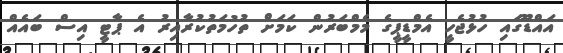
އައްޑޫގައި ހުޅުޖެހީ އެމްޑީޕީގެ މެމްބަރުން ކަމަށް ތުހުމަތުކުރާއިރު އެ ޕާޓީ އިސް ބައެއް